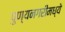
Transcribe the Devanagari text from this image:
पुण्यनगरीमध्ये